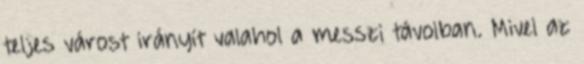
teljes várost irányít valahol a messzi távolban. Mivel az